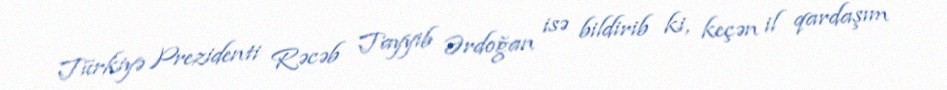
Türkiyə Prezidenti Rəcəb Tayyib Ərdoğan isə bildirib ki, keçən il qardaşım